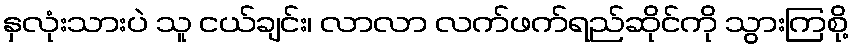
နှလုံးသားပဲ သူ ငယ်ချင်း၊ လာလာ လက်ဖက်ရည်ဆိုင်ကို သွားကြစို့